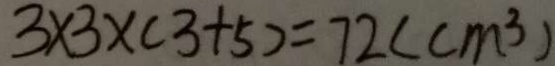
3 \times 3 \times ( 3 + 5 ) = 7 2 ( c m ^ { 3 } )